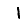
Digit: 1